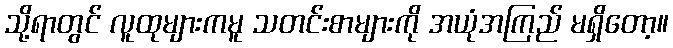
သို့ရာတွင် လူထုများကမူ သတင်းစာများကို အယုံအကြည် မရှိတော့။